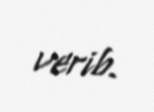
verib.